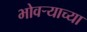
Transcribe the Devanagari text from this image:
भोवर्‍याच्या